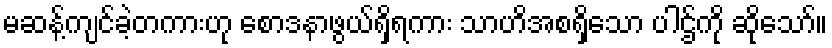
မဆန့်ကျင်ခဲ့တကားဟု စောဒနာဖွယ်ရှိရကား သာဟိအစရှိသော ပါဌ်ကို ဆိုသော်။